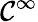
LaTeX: {\cal C}^{\infty}